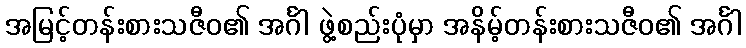
အမြင့်တန်းစားသဇီဝ၏ အင်္ဂါ ဖွဲ့စည်းပုံမှာ အနိမ့်တန်းစားသဇီဝ၏ အင်္ဂါ